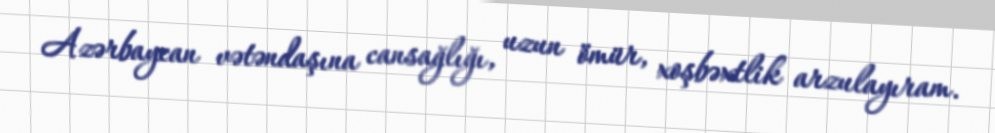
Azərbaycan vətəndaşına cansağlığı, uzun ömür, xoşbəxtlik arzulayıram.